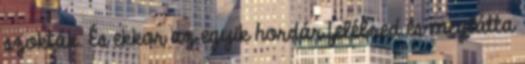
szokták. És ekkor az egyik hordár felébred és meglátta